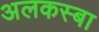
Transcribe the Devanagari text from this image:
अलकस्बा